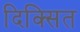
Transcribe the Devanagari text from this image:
दिक्सित